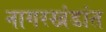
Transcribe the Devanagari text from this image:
नागरखंडांत